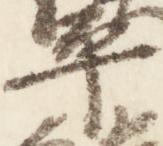
平